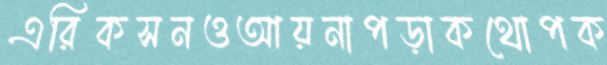
এরিকসনওআয়নাপড়াকথোপক